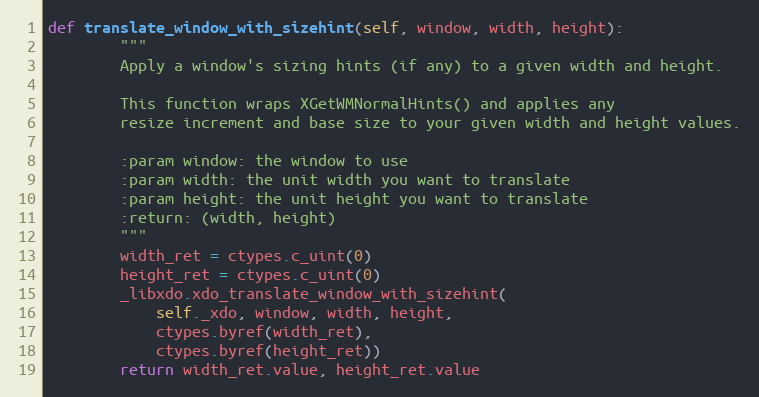
Language: Python
def translate_window_with_sizehint(self, window, width, height):
        """
        Apply a window's sizing hints (if any) to a given width and height.

        This function wraps XGetWMNormalHints() and applies any
        resize increment and base size to your given width and height values.

        :param window: the window to use
        :param width: the unit width you want to translate
        :param height: the unit height you want to translate
        :return: (width, height)
        """
        width_ret = ctypes.c_uint(0)
        height_ret = ctypes.c_uint(0)
        _libxdo.xdo_translate_window_with_sizehint(
            self._xdo, window, width, height,
            ctypes.byref(width_ret),
            ctypes.byref(height_ret))
        return width_ret.value, height_ret.value